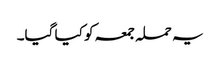
یہ حملہ جمعہ کو کیا گیا۔